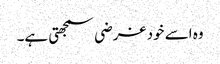
وہ اسے خود غرضی سمجھتی ہے۔